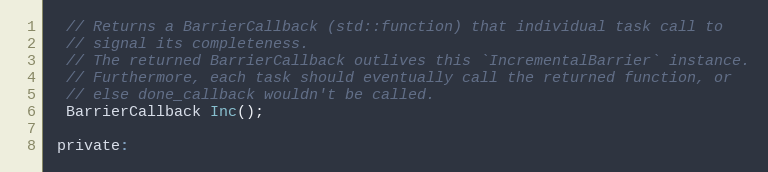
Language: C
  // Returns a BarrierCallback (std::function) that individual task call to
  // signal its completeness.
  // The returned BarrierCallback outlives this `IncrementalBarrier` instance.
  // Furthermore, each task should eventually call the returned function, or
  // else done_callback wouldn't be called.
  BarrierCallback Inc();

 private: